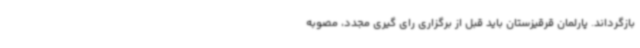
بازگرداند. پارلمان قرقیزستان باید قبل از برگزاری رای گیری مجدد، مصوبه